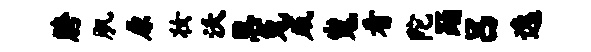
胯肌原妆沃思兔威嵬看陀踊吕逸